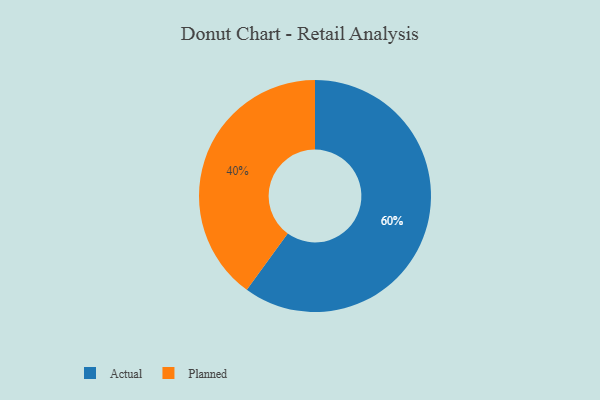
{"axis": {"x": "Category", "y": "Percentage"}, "legend": ["Actual", "Planned"], "data": [{"x": "Planned", "y": 40, "type": "Planned"}, {"x": "Actual", "y": 60, "type": "Actual"}]}